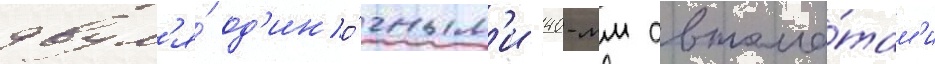
двум'я́ од'ино́чным'и 40-мм автома́там'и